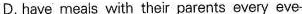
D.have meals with their parents every eve-